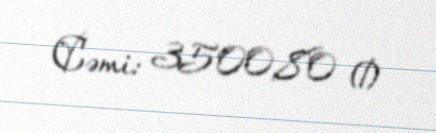
Cəmi: 3500,80 ₼